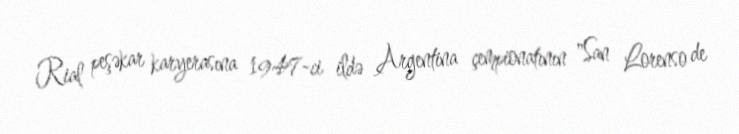
Rial peşəkar karyerasına 1947-ci ildə Argentina çempionatının "San Lorenso de